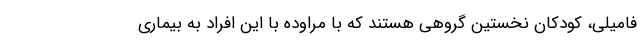
فامیلی، کودکان نخستین گروهی هستند که با مراوده با این افراد به بیماری